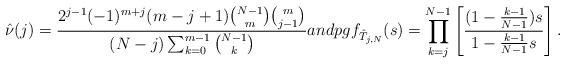
LaTeX: \begin{align*} \hat{\nu}(j) = \frac{2^{j-1}(-1)^{m+j}(m-j+1){{N-1}\choose{m}}{{m}\choose{j-1}}}{(N-j)\sum_{k=0}^{m-1}{{N-1}\choose{k}}} and pgf_{\hat{T}_{j,N}}(s)=\prod_{k=j}^{N-1} \left[{(1-\frac{k-1}{N-1})s\over 1-\frac{k-1}{N-1} s}\right].\end{align*}